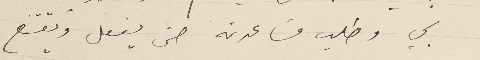
بي وطلب مسَاعدته حتى يفعل ويقتنع